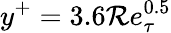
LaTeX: y^{+}=3.6\mathcal{R}e_{\tau}^{0.5}